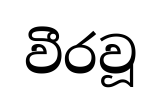
වීරවූ